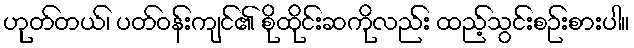
ဟုတ်တယ်၊ ပတ်ဝန်းကျင်၏ စိုထိုင်းဆကိုလည်း ထည့်သွင်းစဉ်းစားပါ။